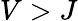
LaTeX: V>J